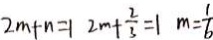
2 m + n = 1 2 m + \frac { 2 } { 3 } = 1 m = \frac { 1 } { 6 }